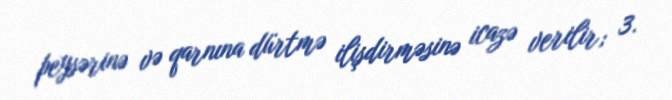
peysərinə və qarnına dürtmə ilişdirməsinə icazə verilir; 3.